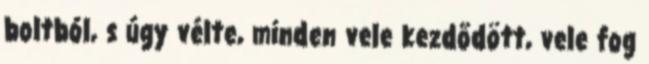
boltból, s úgy vélte, minden vele kezdődött, vele fog